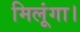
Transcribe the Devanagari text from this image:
मिलूंगा।